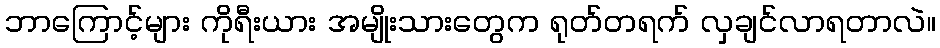
ဘာကြောင့်များ ကိုရီးယား အမျိုးသားတွေက ရုတ်တရက် လှချင်လာရတာလဲ။